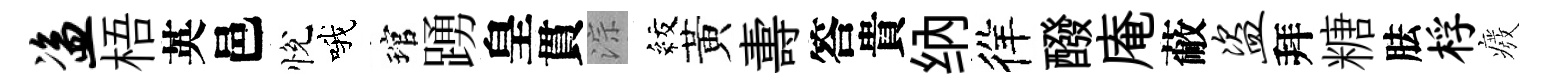
盗梧英邑悅哦琯踴皇貫淙紋黃夀答貴纳徉醱庵蔽盗拜糖胠桴癈